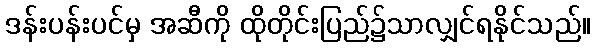
ဒန်းပန်းပင်မှ အဆီကို ထိုတိုင်းပြည်၌သာလျှင်ရနိုင်သည်။